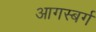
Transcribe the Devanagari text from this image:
आगस्बर्ग